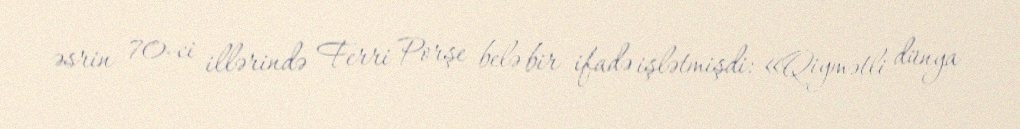
əsrin 70-ci illərində Ferri Porşe belə bir ifadə işlətmişdi: «Qiymətli dünya